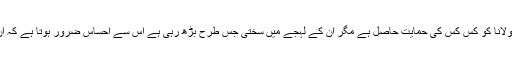
اب تک یہ تو واضح نہیں ہوسکا کہ مولانا کو کس کس کی حمایت حاصل ہے مگر ان کے لہجے میں سختی جس طرح بڑھ رہی ہے اس سے احساس ضرور ہوتا ہے کہ ان پر کسی کا دست شفقت ضرور ہے۔